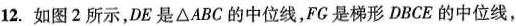
12.如图2所示，DE是△ABC的中位线，FC是梯形DBCE的中位线，